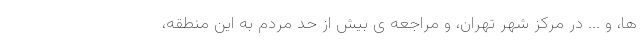
ها، و ... در مرکز شهر تهران، و مراجعه ی بیش از حد مردم به این منطقه،